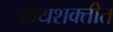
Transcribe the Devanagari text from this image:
क्रयशक्तीत